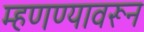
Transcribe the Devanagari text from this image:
म्हणण्यावरून